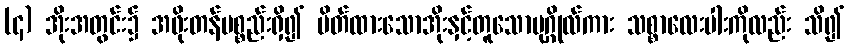
(၄) အိုးအတွင်း၌ အဖိုးတန်ပစ္စည်းရှိ၍ ပိတ်ထားသောအိုးနှင့်တူသောပုဂ္ဂိုလ်ကား သစ္စာလေးပါးကိုလည်း သိ၍